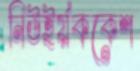
নিউইর্য়ককেশ